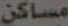
مساكن